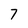
Character: 7